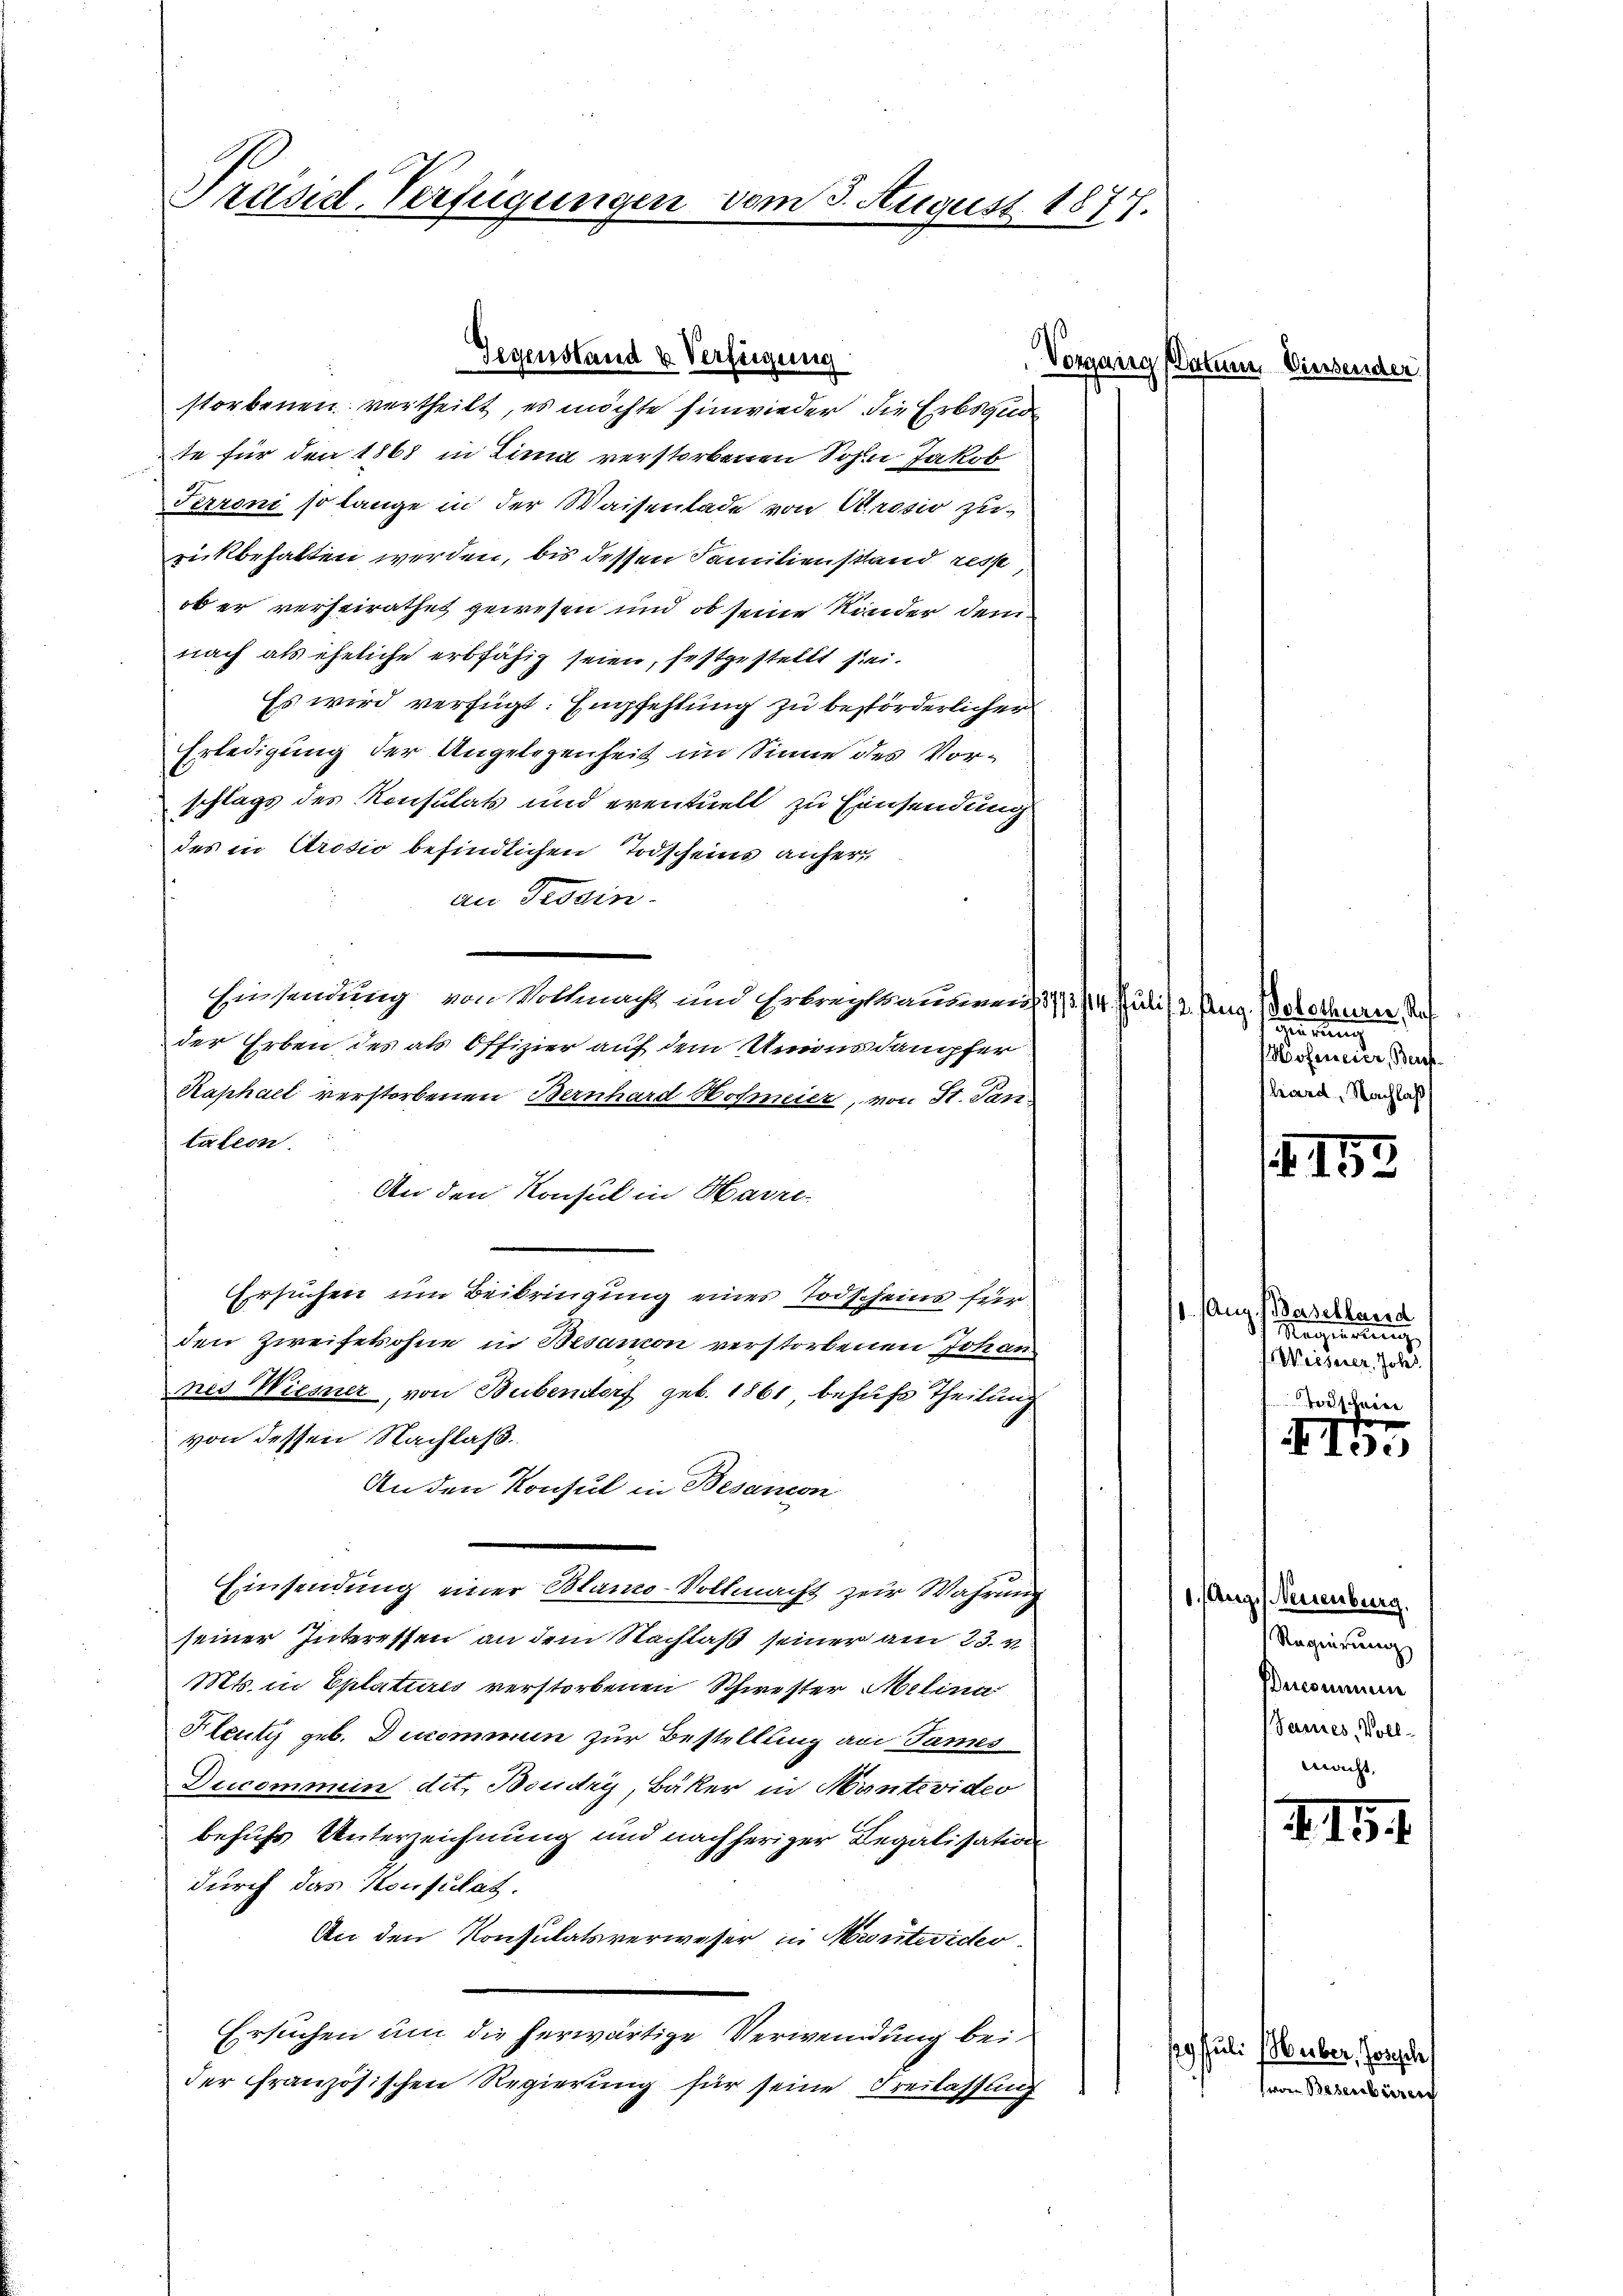
Präsid. Verfügungen vom 3. August 1877.

Gegenstand u. Verfügung

storbenen vertheilt, es möchte Einwieder die Erbsaude
te für den 1868 in Zinn verstorbenen Sohn Jakob
Perroni so lange in der Waisenlade von Anosio zurückbehalten werden, bis dessen Familienstand resse,
ob er verheirathet gewesen und ob seine Kinder dem
nach als eheliche erbfähig seien, festgestellt sei.
Es wird verfügt: Empfehlung zu bestörderlicher
Erledigung der Angelegenheit im Sinne des Vorschlags des Konsulats und eventuell zu Einsendung
des in Arosio befindlichen Todscheins anheran Tessin.
Einsendung von Vollmacht und Erbrechtssammen, 3/14. Juli (2. Aug. Solothurer, Raf
der Erben des als Offizier auf dem Unions dampfer
Kaphael verstorbenen Bernhard Hofmeier, von St. Pantation
An den Konsul in Havre
Ersuchen um Beibringung eines Todscheins für
¬
den Zweifekohne in Besanion verstorbenen Johan
nes Wiesner, von Bubendorf geb. 1861 behufs Theilung
von dessen Nachlass.
An den Konsul in Besanon
Einsendung einer Blano-Vollmacht zur Wahrung
seiner Interessen an dem Nachlaß seiner am 23. v.
Mts. in Eplatures verstorbenen Schwester Melina
Fleute geb. Ducommun zur Bestellung an James
Ducommen dit. Boudry, Bäker in Montevideo
behufs Unterzeichnung und nachheriger Legalisation
durch das Konsultat.
An den Konsulatsverweser in Montevider
Ersuchen um die herwärtige Verwendung bei
der französischen Regierung für seine Freilassung

Vorgang (Datum Diers,

.261

gierung
Hosencier, Beruf
hard. Nachlaß

Aug. Baselland
Magierung gegen
Weiserer, Johs.
Todschein

1. Aug. Neuenburg.
Regierung
Denommen
Jannes, Vollmacht,

f. 155.

III

I.191

seg Juli (über, Horgel
seren Basenberzer